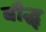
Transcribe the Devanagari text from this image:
बौद्ध्